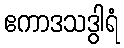
ဧကာဒသဒွါရံ